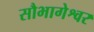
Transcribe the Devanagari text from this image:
सौभागेश्वर